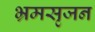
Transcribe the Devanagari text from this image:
भ्रमसृजन